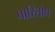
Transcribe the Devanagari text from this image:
पारितोष